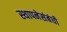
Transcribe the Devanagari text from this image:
स्थापनेसंबंधी